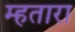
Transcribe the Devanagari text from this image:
म्हतारा